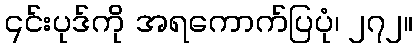
၎င်းပုဒ်ကို အရကောက်ပြပုံ၊ ၂၇၂။